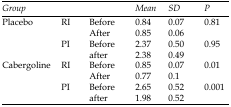
<table><thead><tr><td colspan="3"><b><i>Group</i></b></td><td><b><i>Mean</i></b></td><td><b><i>SD</i></b></td><td><b><i>P</i></b></td></tr></thead><tbody><tr><td rowspan="4">Placebo </td><td rowspan="2">RI</td><td>Before</td><td>0.84</td><td>0.07</td><td rowspan="2">0.81</td></tr><tr><td>After</td><td>0.85</td><td>0.06</td></tr><tr><td rowspan="2">PI</td><td>Before</td><td>2.37</td><td>0.50</td><td rowspan="2">0.95</td></tr><tr><td>after</td><td>2.38</td><td>0.49</td></tr><tr><td rowspan="4">Cabergoline</td><td rowspan="2">RI</td><td>Before</td><td>0.85</td><td>0.07</td><td rowspan="2">0.01</td></tr><tr><td>After</td><td>0.77</td><td>0.1</td></tr><tr><td rowspan="2">PI</td><td>Before</td><td>2.65</td><td>0.52</td><td rowspan="2">0.001</td></tr><tr><td>after</td><td>1.98</td><td>0.52</td></tr></tbody></table>